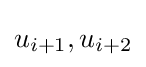
u_{i+1},u_{i+2}